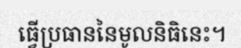
ធ្វើប្រធាននៃមូលនិធិនេះ។